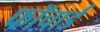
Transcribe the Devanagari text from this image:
फॉचार्ड